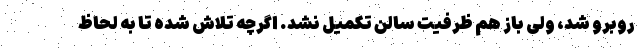
روبرو شد، ولی باز هم ظرفیت سالن تکمیل نشد. اگرچه تلاش شده تا به لحاظ